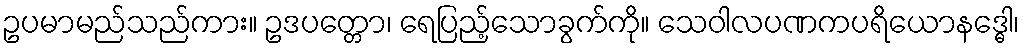
ဥပမာမည်သည်ကား။ ဥဒပတ္တော၊ ရေပြည့်သောခွက်ကို။ သေဝါလပဏကပရိယောနဒ္ဓေါ၊